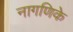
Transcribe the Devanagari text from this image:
नागणिके